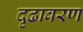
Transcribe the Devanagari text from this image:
दृढावरण